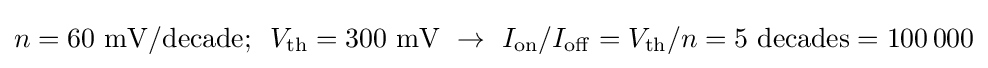
n=60\,\,\mathrm {mV/decade} ;\,\,\,V_{\rm {th}}=300\,\,\mathrm {mV} \,\,\rightarrow \,\,I_{\rm {on}}/I_{\rm {off}}=V_{\rm {th}}/n=5\,\,\mathrm {decades} =100\,000